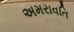
અમરાવતિ